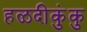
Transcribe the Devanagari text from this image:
हळदीकुंकु